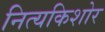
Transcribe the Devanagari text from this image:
नित्यकिशोर